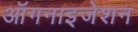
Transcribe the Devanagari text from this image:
ऑगनाइजेशन